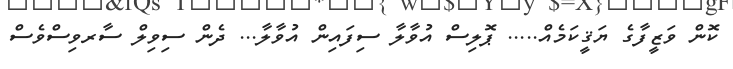
ކޮން ވަޒީފާގެ ޔަޤީކަމެއް..... ޕޮލިސް އުވާލާ ސިފައިން އުވާލާ... ދެން ސިވިލް ސާރވިސްވެސް